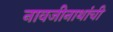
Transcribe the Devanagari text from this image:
नावजीनाथांची